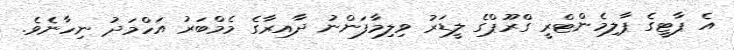
އެ ޕާޓީގެ ޕާލިމެންޓްރީ ގްރޫޕްގެ ލީޑަރު ވިލިމާފަންނު ދާއިރާގެ މެމްބަރު އަހްމަދު ނިހާނެވެ.